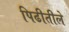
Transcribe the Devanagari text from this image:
पिढीतीले